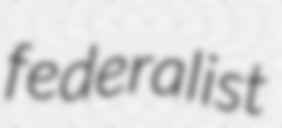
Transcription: federalist